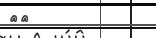
٢٦